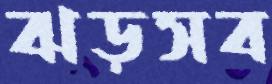
ঝড়সব